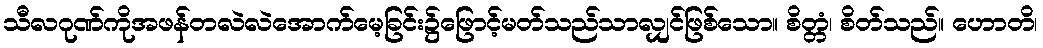
သီလဂုဏ်ကိုအဖန်တလဲလဲအောက်မေ့ခြင်း၌ဖြောင့်မတ်သည်သာလျှင်ဖြစ်သော။ စိတ္တံ၊ စိတ်သည်။ ဟောတိ၊